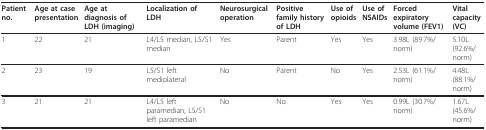
| Patient no. | Age at case presentation | Age at diagnosis of LDH (imaging) | Localization of LDH | Neurosurgical operation | Positive family history of LDH | Use of opioids | Use of NSAIDs | Forced expiratory volume (FEV1) | Vital capacity (VC) |
 | --- | --- | --- | --- | --- | --- | --- | --- | --- | --- |
 | 1 | 22 | 21 | L4/L5 median, L5/S1 median | Yes | Parent | Yes | Yes | 3.98L (89.7%/norm) | 5.10L (92.6%/norm) |
 | 2 | 23 | 19 | L5/S1 left mediolateral | No | Parent | No | Yes | 2.53L (61.1%/norm) | 4.48L (88.1%/norm) |
 | 3 | 21 | 21 | L4/L5 left paramedian; L5/S1 left paramedian | No | No | Yes | Yes | 0.99L (30.7%/norm) | 1.67L (45.6%/norm) |